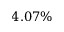
4 . 0 7 \%